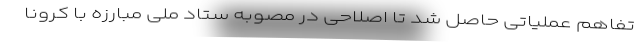
تفاهم عملیاتی حاصل شد تا اصلاحی در مصوبه ستاد ملی مبارزه با کرونا